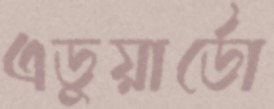
এডুয়ার্ডো